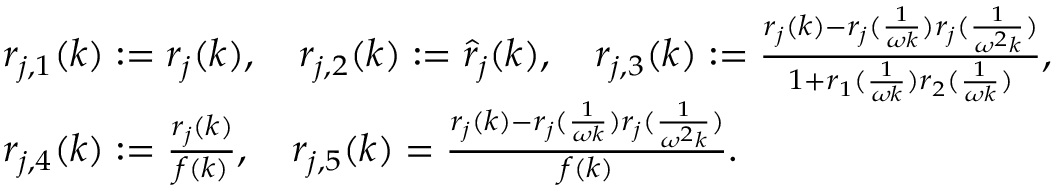
\begin{array} { r l } & { r _ { j , 1 } ( k ) : = r _ { j } ( k ) , \quad r _ { j , 2 } ( k ) : = \hat { r } _ { j } ( k ) , \quad r _ { j , 3 } ( k ) : = \frac { r _ { j } ( k ) - r _ { j } ( \frac { 1 } { \omega k } ) r _ { j } ( \frac { 1 } { \omega ^ { 2 } k } ) } { 1 + r _ { 1 } ( \frac { 1 } { \omega k } ) r _ { 2 } ( \frac { 1 } { \omega k } ) } , } \\ & { r _ { j , 4 } ( k ) : = \frac { r _ { j } ( k ) } { f ( k ) } , \quad r _ { j , 5 } ( k ) = \frac { r _ { j } ( k ) - r _ { j } ( \frac { 1 } { \omega k } ) r _ { j } ( \frac { 1 } { \omega ^ { 2 } k } ) } { f ( k ) } . } \end{array}